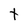
Character: t